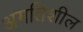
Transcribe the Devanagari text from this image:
अगतिशील